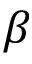
\beta